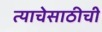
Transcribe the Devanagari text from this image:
त्याचेसाठीची